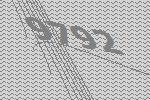
9792